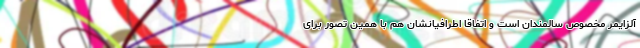
آلزایمر مخصوص سالمندان است و اتفاقاً اطرافیانشان هم با همین تصور برای